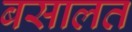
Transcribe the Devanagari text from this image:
बसालत